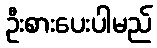
ဦးစားပေးပါမည်